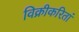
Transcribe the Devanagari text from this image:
विक्रीकरितां